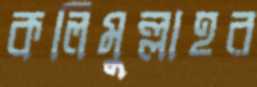
কলিমুল্লাহর